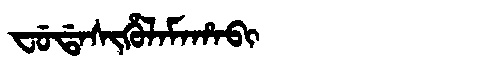
Manchu: ᠸᡠᡩᠠᠰᡳᡥᡠᠯᠠᠮᠠᡥᠠᠪᡳ
Romanization: FUDASIHULAMAHABI